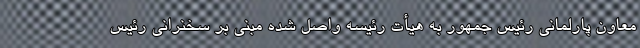
معاون پارلمانی رئیس جمهور به هیأت رئیسه واصل شده مبنی بر سخنرانی رئیس